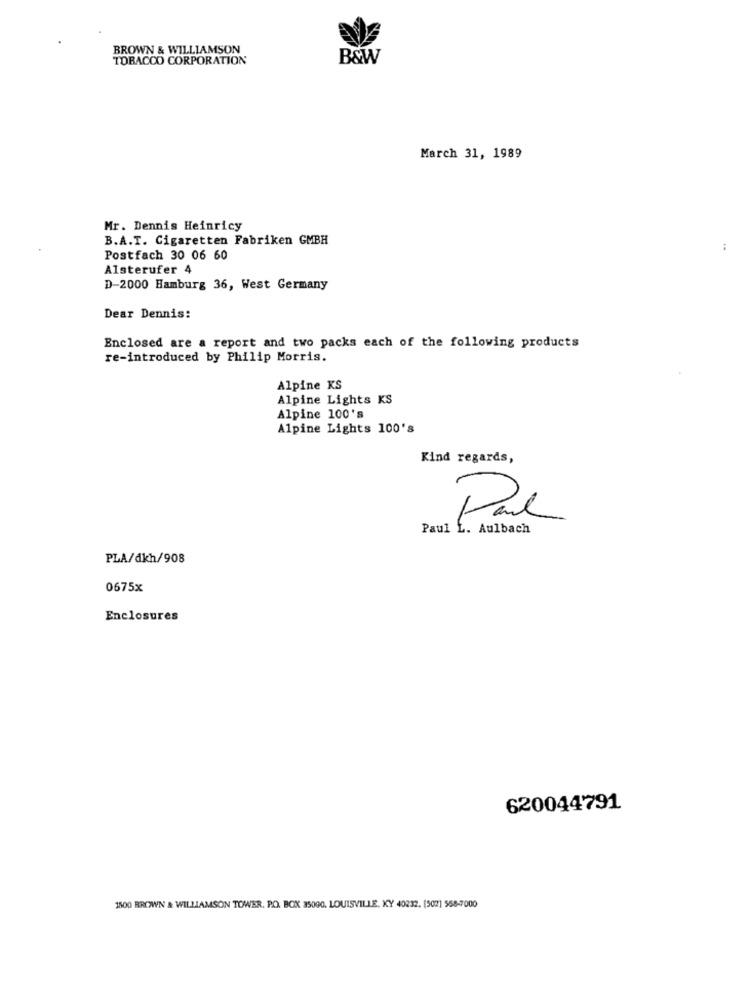
BROWN & WILLIAMSON
TOBACCO CORPORATION
B&W
March 31, 1989
Mr. Dennis Heinricy
B.A.T. Cigaretten Fabriken GMBH
:
Postfach 30 06 60
Alsterufer 4
D-2000 Hamburg 36, West Germany
Dear Dennis:
Enclosed are a report and two packs each of the following products
re-introduced by Philip Morris.
Alpine KS
Alpine Lights KS
Alpine 100's
Alpine Lights 100's
Kind regards,
Paul L. Aulbach
PLA/dkh/908
0675x
Enclosures
620044791
1500 BROWN & WILLIAMSON TOWER. P.O. BOX 35000. LOUISVILLE, KY 40232. (502] 558-7000